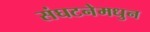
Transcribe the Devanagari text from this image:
संघटनेमधुन